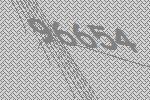
96654